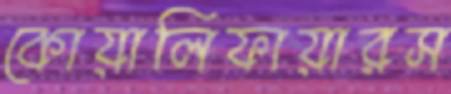
কোয়ালিফায়ারস